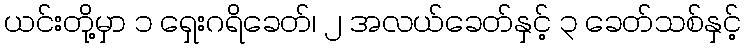
ယင်းတို့မှာ ၁ ရှေးဂရိခေတ်၊ ၂ အလယ်ခေတ်နှင့် ၃ ခေတ်သစ်နှင့်